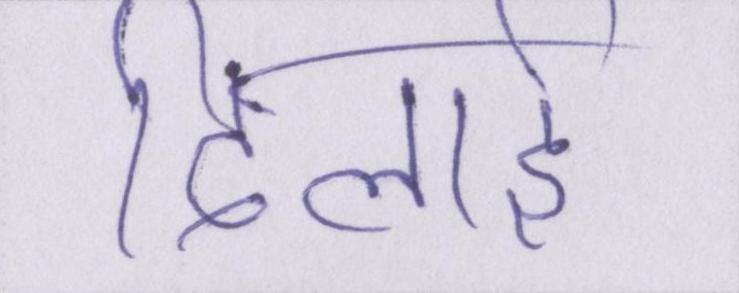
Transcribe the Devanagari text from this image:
दिलाई